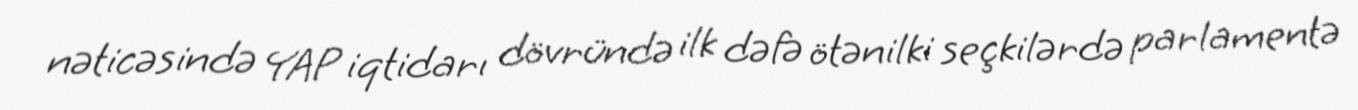
nəticəsində YAP iqtidarı dövründə ilk dəfə ötənilki seçkilərdə parlamentə